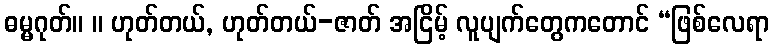
ဓမ္မဂုတ်။ ။ ဟုတ်တယ်, ဟုတ်တယ်-ဇာတ် အငြိမ့် လူပျက်တွေကတောင် “ဖြစ်လေရာ